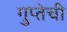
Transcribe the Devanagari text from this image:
गुप्तेची